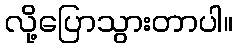
လို့ပြောသွားတာပါ။